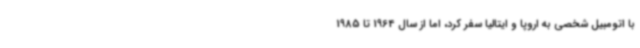
با اتومبیل شخصی به اروپا و ایتالیا سفر کرد، اما از سال 1964 تا 1985